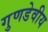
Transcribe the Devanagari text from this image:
गुणडेवीय